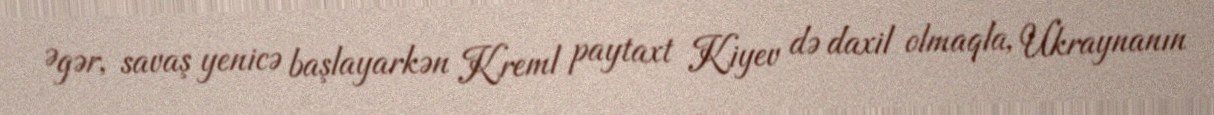
Əgər, savaş yenicə başlayarkən Kreml paytaxt Kiyev də daxil olmaqla, Ukraynanın